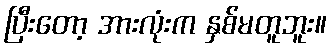
ပြီးတော့ အားလုံးက နှစ်မတူဘူး။